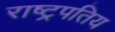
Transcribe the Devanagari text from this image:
राष्ट्रपतिय